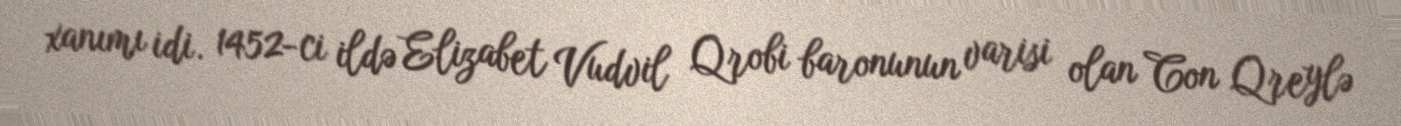
xanımı idi. 1452-ci ildə Elizabet Vudvil Qrobi baronunun varisi olan Con Qreylə